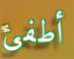
أطفئ